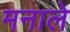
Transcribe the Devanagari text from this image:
मनाले